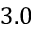
3 . 0